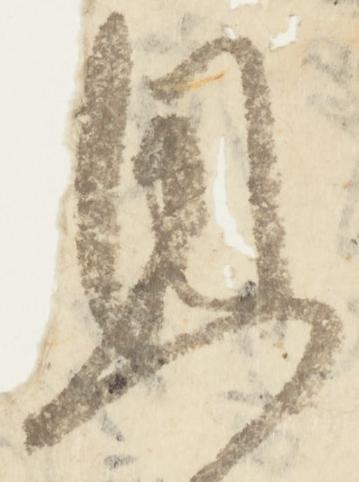
恩